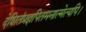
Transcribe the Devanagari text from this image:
देशितंप्रज्ञपितमनात्मेत्यपि।